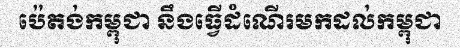
ប៉េតង់កម្ពុជា នឹងធ្វើដំណើរមកដល់កម្ពុជា